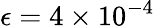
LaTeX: \epsilon=4\times 10^{-4}